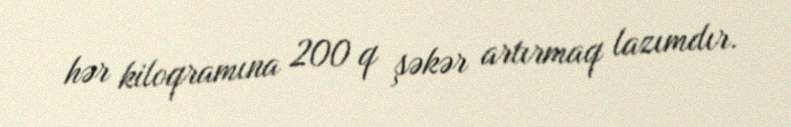
hər kiloqramına 200 q şəkər artırmaq lazımdır.